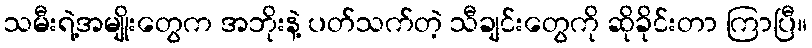
သမီးရဲ့အမျိုးတွေက အဘိုးနဲ့ ပတ်သက်တဲ့ သီချင်းတွေကို ဆိုခိုင်းတာ ကြာပြီ။